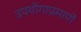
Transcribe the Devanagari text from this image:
उपयोगाप्रमाणे